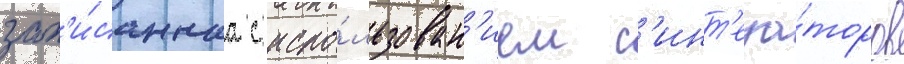
зап'и́саннаа с испо́льзован'ием с'инт'еза́торов